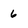
Character: 6